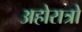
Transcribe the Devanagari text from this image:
अहोरात्रो